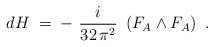
\begin{align*}dH \;=\; -~\frac{i}{32\,\pi^2}~\left( F_A \wedge F_A\right)~.\end{align*}